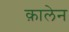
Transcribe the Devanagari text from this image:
क़ालेन